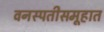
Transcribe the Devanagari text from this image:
वनस्पतीसमूहात